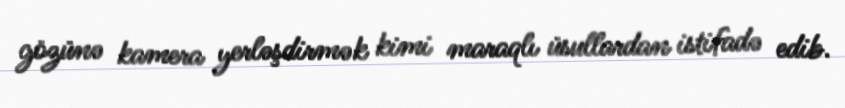
gözünə kamera yerləşdirmək kimi maraqlı üsullardan istifadə edib.